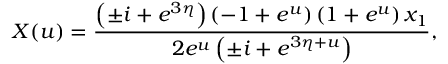
X ( u ) = { \frac { \left( \pm i + e ^ { 3 \eta } \right) \left( - 1 + { e ^ { u } } \right) \left( 1 + { e ^ { u } } \right) x _ { 1 } } { 2 { e ^ { u } } \left( \pm i + { e ^ { 3 \eta + u } } \right) } } ,